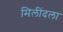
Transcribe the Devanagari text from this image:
मिलींदला